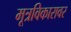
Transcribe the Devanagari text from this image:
मूत्रविकारावर